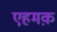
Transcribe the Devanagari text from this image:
एहमक़